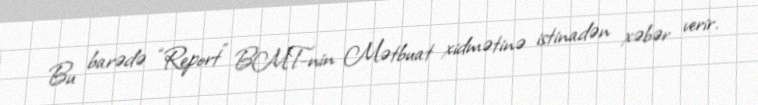
Bu barədə “Report” BMT-nin Mətbuat xidmətinə istinadən xəbər verir.